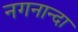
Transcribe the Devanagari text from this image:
नगनान्दा